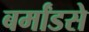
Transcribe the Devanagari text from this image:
बर्मांडसे